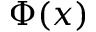
\Phi ( x )